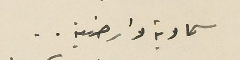
سماوية وارضية..